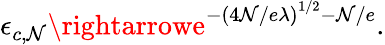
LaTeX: \epsilon_{c,\mathcal{N}}\rightarrowe^{-\left(4\mathcal{N}/e\lambda\right)^{1/2}-\mathcal{N}/e}.